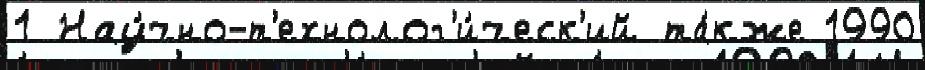
1 Нау́чно-т'ехнолог'и́ческ'ий та́кже 1990